Lunatic asylums Madras 1877-1891 - 1877-1891
Year: 1877
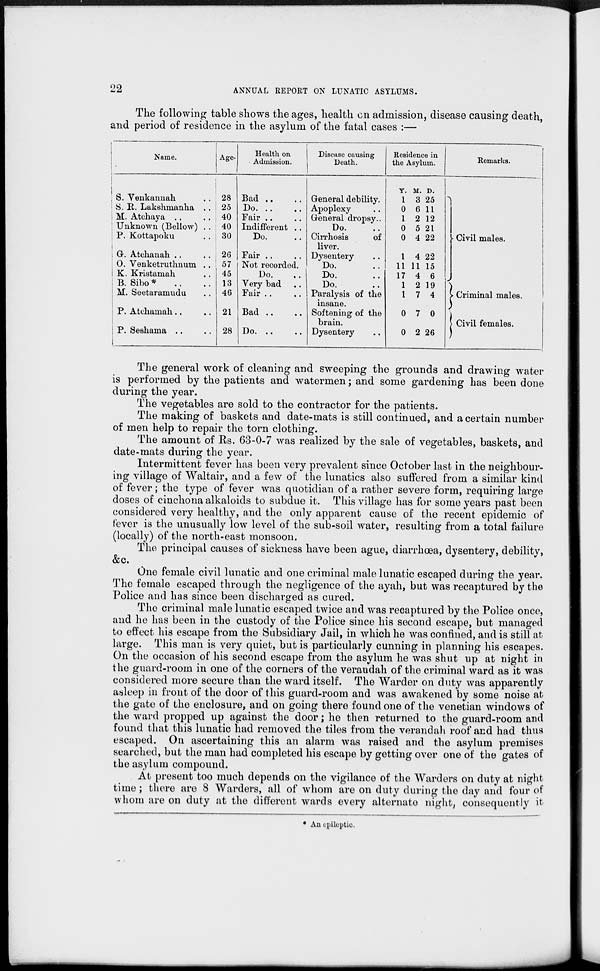
22
ANNUAL REPORT ON LUNATIC ASYLUMS.
The following table shows the ages, health on admission, disease causing death,
and period of residence in the asylum of the fatal cases :—
Name.
S. Venkannah ..
S. R. Lakshinanha ..
M. Atchaya .. ..
Unknown (Bellow) ..
P. Kottapoku ..
G. Atchanah .. ..
O. Venketruthnum ..
K. Kristamah ..
B. Sibo * .. ..
M. Seetaramudu ..
P. Atchamah .. ..
P. Seshama .. ..
Age.
28
25
40
40
30
26
57
45
13
46
21
28
Health on
Admission.
Bad .. ..
Do
..
..
Fair .. ..
Indifferent ..
Do. ..
Fair .. ..
Not recorded.
Do.
Very bad .. ..
Fair .. ..
Bad .. ..
Do. .. ..
Disease causing
Death.
General debility.
Apoplexy
General dropsy..
Do. ..
Cirrhosis
of
liver.
Dysentery ..
Do. ..
Do. ..
Do. ..
Paralysis of the
insane.
Softening of the
brain.
Dysentery ..
Residence in
the Asylum.
Y.
1
0
1
0
0
1
11
17
1
1
0
0
M.
3
6
2
5
4
4
11
4
2
7
7
2
D.
25
11
12
21
22
22
15
6
19
4
0
26
Remarks.
Civil males.
Criminal males.
Civil females.
The general work of cleaning and sweeping the grounds and drawing water
is performed by the patients and watermen; and some gardening has been done
during the year.
The vegetables are sold to the contractor for the patients.
The making of baskets and date-mats is still continued, and a certain number
of men help to repair the torn clothing.
The amount of Rs. 63-0-7 was realized by the sale of vegetables, baskets, and
date-mats during the year.
Intermittent fever has been very prevalent since October last in the neighbour-
ing village of Waltair, and a few of the lunatics also suffered from a similar kind
of fever; the type of fever was quotidian of a rather severe form, requiring large
doses of cinchona alkaloids to subdue it. This village has for some years past been
considered very healthy, and the only apparent cause of the recent epidemic of
fever is the unusually low level of the sub-soil water, resulting from a total failure
(locally) of the north-east monsoon.
The principal causes of sickness have been ague, diarrhoea, dysentery, debility,
&c.
One female civil lunatic and one criminal male lunatic escaped during the year.
The female escaped through the negligence of the ayah, but was recaptured by the
Police and has since been discharged as cured.
The criminal male lunatic escaped twice and was recaptured by the Police once,
and he has been in the custody of the Police since his second escape, but managed
to effect his escape from the Subsidiary Jail, in which he was confined, and is still at
large. This man is very quiet, but is particularly cunning in planning his escapes.
On the occasion of his second escape from the asylum he was shut up at night in
the guard-room in one of the corners of the verandah of the criminal ward as it was
considered more secure than the ward itself. The Warder on duty was apparently
asleep in front of the door of this guard-room and was awakened by some noise at
the gate of the enclosure, and on going there found one of the Venetian windows of
the ward propped up against the door; he then returned to the guard-room and
found that this lunatic had removed the tiles from the verandah roof and had thus
escaped. On ascertaining this an alarm was raised and the asylum premises
searched, but the man had completed his escape by getting over one of the gates of
the asylum compound.
At present too much depends on the vigilance of the Warders on duty at night
time; there are 8 Warders, all of whom are on duty during the day and four of
whom are on duty at the different wards every alternate night, consequently it
* An epileptic.